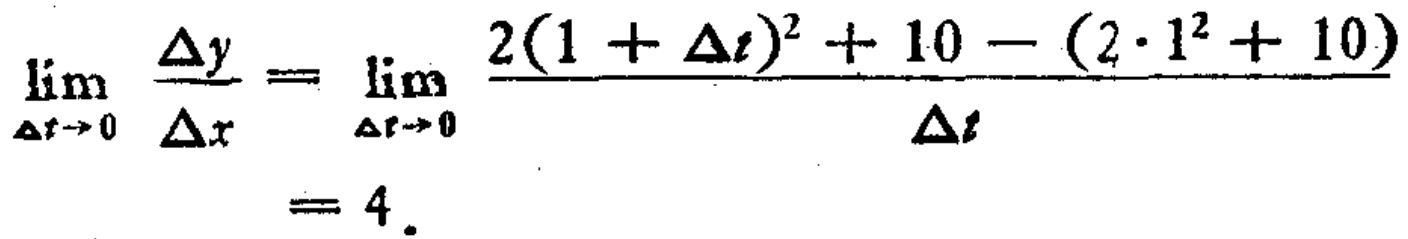
\[\lim_{\Delta t \to 0} \frac{\Delta y}{\Delta x} = \lim_{\Delta t \to 0} \frac{2(1 + \Delta t)^2 + 10 - (2\cdot 1^2 + 10)}{\Delta t}= 4.\]